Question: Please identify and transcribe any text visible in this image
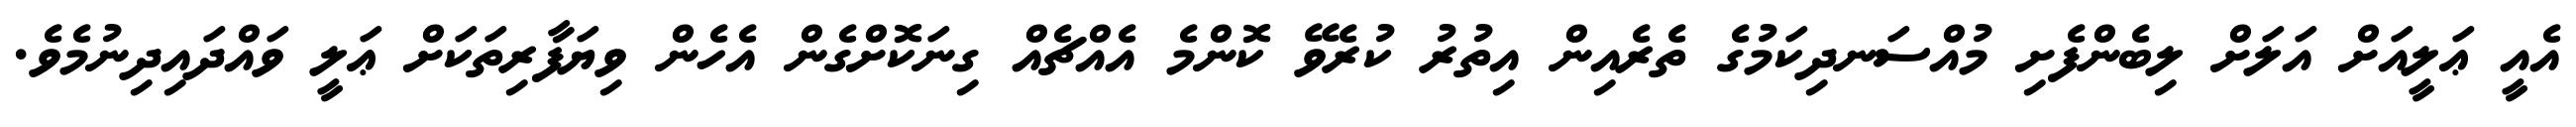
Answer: އެއީ ޢަލީއަށް އަލަށް ލިބެންފެށި މުއްސަނދިކަމުގެ ތެރެއިން އިތުރު ކުރެވޭ ކޮންމެ އެއްޗެއް ގިނަކޮށްގެން އެހެން ވިޔަފާރިތަކަށް ޢަލީ ވައްދައިދިނުމެވެ.